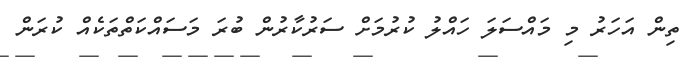
ތިން އަހަރު މި މައްސަލަ ހައްލު ކުރުމަށް ސަރުކާރުން ބުރަ މަސައްކަތްތަކެއް ކުރަން